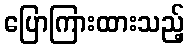
ပြောကြားထားသည့်